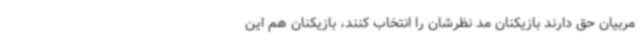
مربیان حق دارند بازیکنان مد نظرشان را انتخاب کنند، بازیکنان هم این